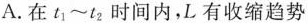
A.在$$t_{1}\sim t_{2}$$时间内，L有收缩趋势